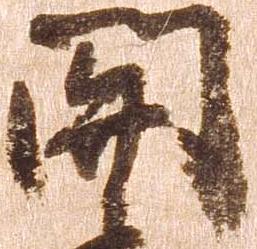
関